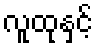
လူထုနှင့်